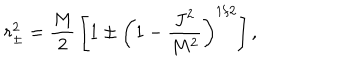
r _ { \pm } ^ { 2 } = { \frac { M } { 2 } } \left[ 1 \pm \left( 1 - { \frac { J ^ { 2 } } { M ^ { 2 } } } \right) ^ { 1 / 2 } \right] ,